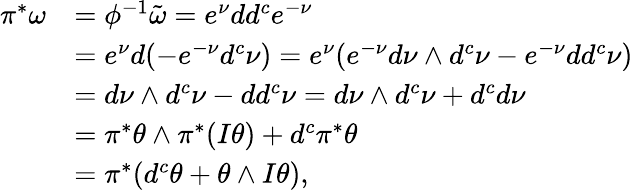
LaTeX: \begin{array}{rl}{\pi^{*}\omega}&{=\phi^{-1}\tilde{\omega}=e^{\nu}dd^{c}e^{-\nu}}\\ &{=e^{\nu}d(-e^{-\nu}d^{c}\nu)=e^{\nu}(e^{-\nu}d\nu\wedge d^{c}\nu-e^{-\nu}dd^{c}\nu)}\\ &{=d\nu\wedge d^{c}\nu-dd^{c}\nu=d\nu\wedge d^{c}\nu+d^{c}d\nu}\\ &{=\pi^{*}\theta\wedge\pi^{*}(I\theta)+d^{c}\pi^{*}\theta}\\ &{=\pi^{*}(d^{c}\theta+\theta\wedge I\theta),}\end{array}